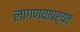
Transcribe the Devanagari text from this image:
लागण्यापर्यंत